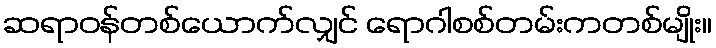
ဆရာဝန်တစ်ယောက်လျှင် ရောဂါစစ်တမ်းကတစ်မျိုး။